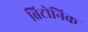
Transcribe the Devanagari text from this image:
ब्रिटोनिक